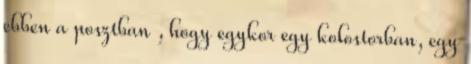
ebben a posztban , hogy egykor egy kolostorban, egy